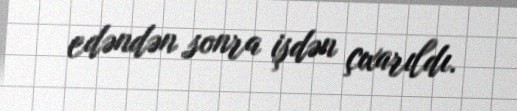
edəndən sonra işdən çıxarıldı.